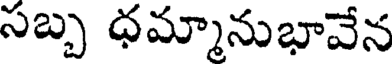
సబ్బ ధమ్మానుభావేన